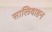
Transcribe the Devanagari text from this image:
सालिवाहन